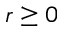
r \geq 0